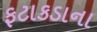
ફટાકડાના